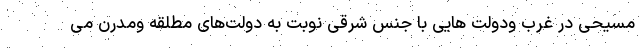
مسیحی در غرب ودولت هایی با جنس شرقی نوبت به دولت‌های مطلقه ومدرن می